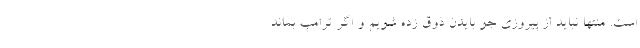
است. منتها نباید از پیروزی جو بایدن ذوق زده شویم و اگر ترامپ بماند